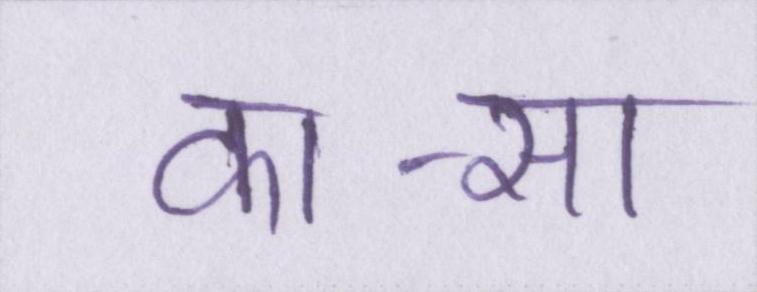
का-सा